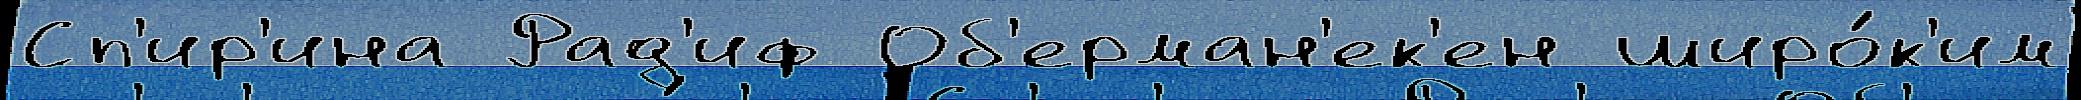
Сп'ир'ина Рад'иф Об'ерман'ек'ен широ́к'им